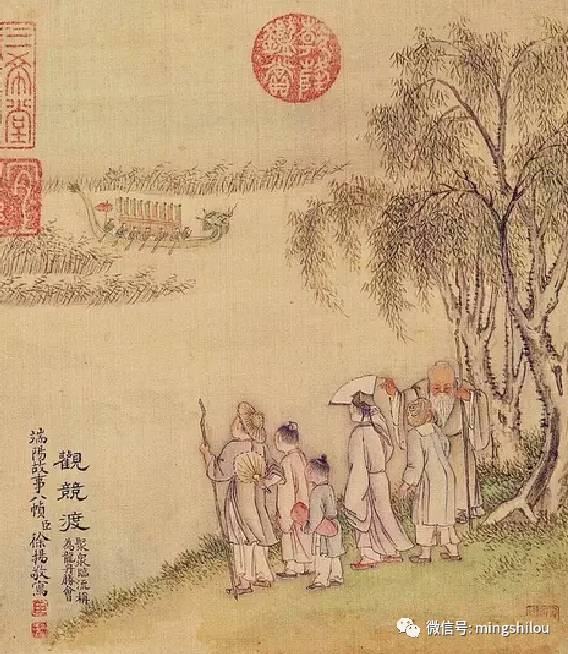
石溪久住思端午，馆驿楼前看发机。